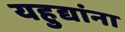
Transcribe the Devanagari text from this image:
यहुद्यांना